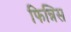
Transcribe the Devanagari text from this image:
फिन्निस